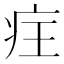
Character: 𭼆